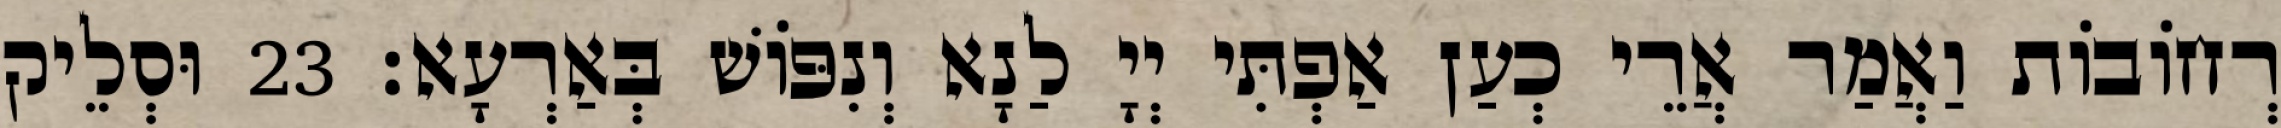
רְחוֹבוֹת וַאֲמַר אֲרֵי כְעַן אַפְתִּי יְיָ לַנָא וְנִפּוֹשׁ בְּאַרְעָא׃ 23 וּסְלֵיק